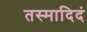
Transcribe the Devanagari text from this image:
तस्मादिदं